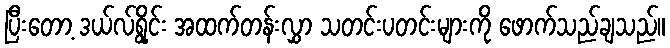
ပြီးတော့ ဒယ်လ်ရွိုင်း အထက်တန်းလွှာ သတင်းပတင်းများကို ဖောက်သည်ချသည်။